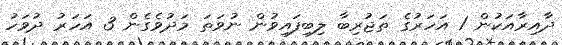
ދާއިރާއަކުން 1 އަހަރުގެ ތަޖުރިބާ ލިބިފައިވުން ނުވަތަ މަދުވެގެން 3 އަހަރު ދުވަހު